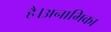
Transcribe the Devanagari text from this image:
है।अनामिका